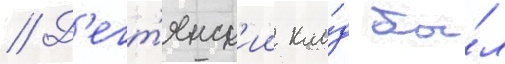
// Д'егт'янск'ии кла́д бы́л